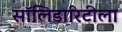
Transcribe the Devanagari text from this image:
सॉलिडारिटीला